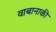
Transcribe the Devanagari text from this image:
वाबानाकी